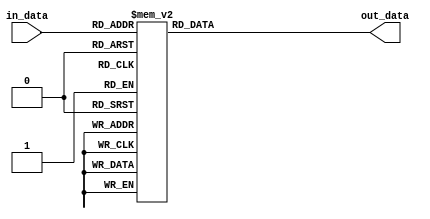
// This program was cloned from: https://github.com/ryuz/jelly
// License: MIT License

// ---------------------------------------------------------------------------
//  Jelly  -- The platform for real-time computing
//
//                                 Copyright (C) 2008-2020 by Ryuz
//                                 https://github.com/ryuz/jelly.git
// ---------------------------------------------------------------------------



`timescale 1ns / 1ps
`default_nettype none


// colormap
module jelly_colormap_table
        #(
            parameter   COLORMAP = "JET"   // "HSV"
        )
        (
            input   wire    [7:0]       in_data,
            output  reg     [23:0]      out_data
        );
    
    always @* begin
        if ( COLORMAP == "HSV" ) begin
            case ( in_data )
            8'h00:  out_data = 24'h00_00_ff;
            8'h01:  out_data = 24'h00_06_ff;
            8'h02:  out_data = 24'h00_0c_ff;
            8'h03:  out_data = 24'h00_12_ff;
            8'h04:  out_data = 24'h00_18_ff;
            8'h05:  out_data = 24'h00_1e_ff;
            8'h06:  out_data = 24'h00_24_ff;
            8'h07:  out_data = 24'h00_2a_ff;
            8'h08:  out_data = 24'h00_30_ff;
            8'h09:  out_data = 24'h00_36_ff;
            8'h0a:  out_data = 24'h00_3c_ff;
            8'h0b:  out_data = 24'h00_42_ff;
            8'h0c:  out_data = 24'h00_48_ff;
            8'h0d:  out_data = 24'h00_4e_ff;
            8'h0e:  out_data = 24'h00_54_ff;
            8'h0f:  out_data = 24'h00_5a_ff;
            8'h10:  out_data = 24'h00_60_ff;
            8'h11:  out_data = 24'h00_66_ff;
            8'h12:  out_data = 24'h00_6c_ff;
            8'h13:  out_data = 24'h00_72_ff;
            8'h14:  out_data = 24'h00_78_ff;
            8'h15:  out_data = 24'h00_7e_ff;
            8'h16:  out_data = 24'h00_84_ff;
            8'h17:  out_data = 24'h00_8a_ff;
            8'h18:  out_data = 24'h00_90_ff;
            8'h19:  out_data = 24'h00_96_ff;
            8'h1a:  out_data = 24'h00_9c_ff;
            8'h1b:  out_data = 24'h00_a2_ff;
            8'h1c:  out_data = 24'h00_a8_ff;
            8'h1d:  out_data = 24'h00_ae_ff;
            8'h1e:  out_data = 24'h00_b4_ff;
            8'h1f:  out_data = 24'h00_ba_ff;
            8'h20:  out_data = 24'h00_c0_ff;
            8'h21:  out_data = 24'h00_c6_ff;
            8'h22:  out_data = 24'h00_cc_ff;
            8'h23:  out_data = 24'h00_d2_ff;
            8'h24:  out_data = 24'h00_d8_ff;
            8'h25:  out_data = 24'h00_de_ff;
            8'h26:  out_data = 24'h00_e4_ff;
            8'h27:  out_data = 24'h00_ea_ff;
            8'h28:  out_data = 24'h00_f0_ff;
            8'h29:  out_data = 24'h00_f4_fd;
            8'h2a:  out_data = 24'h00_f7_fa;
            8'h2b:  out_data = 24'h00_fa_f7;
            8'h2c:  out_data = 24'h00_fd_f4;
            8'h2d:  out_data = 24'h00_ff_f0;
            8'h2e:  out_data = 24'h00_ff_ea;
            8'h2f:  out_data = 24'h00_ff_e4;
            8'h30:  out_data = 24'h00_ff_de;
            8'h31:  out_data = 24'h00_ff_d8;
            8'h32:  out_data = 24'h00_ff_d2;
            8'h33:  out_data = 24'h00_ff_cc;
            8'h34:  out_data = 24'h00_ff_c6;
            8'h35:  out_data = 24'h00_ff_c0;
            8'h36:  out_data = 24'h00_ff_ba;
            8'h37:  out_data = 24'h00_ff_b4;
            8'h38:  out_data = 24'h00_ff_ae;
            8'h39:  out_data = 24'h00_ff_a8;
            8'h3a:  out_data = 24'h00_ff_a2;
            8'h3b:  out_data = 24'h00_ff_9c;
            8'h3c:  out_data = 24'h00_ff_96;
            8'h3d:  out_data = 24'h00_ff_90;
            8'h3e:  out_data = 24'h00_ff_8a;
            8'h3f:  out_data = 24'h00_ff_84;
            8'h40:  out_data = 24'h00_ff_7e;
            8'h41:  out_data = 24'h00_ff_78;
            8'h42:  out_data = 24'h00_ff_72;
            8'h43:  out_data = 24'h00_ff_6c;
            8'h44:  out_data = 24'h00_ff_66;
            8'h45:  out_data = 24'h00_ff_60;
            8'h46:  out_data = 24'h00_ff_5a;
            8'h47:  out_data = 24'h00_ff_54;
            8'h48:  out_data = 24'h00_ff_4e;
            8'h49:  out_data = 24'h00_ff_48;
            8'h4a:  out_data = 24'h00_ff_42;
            8'h4b:  out_data = 24'h00_ff_3c;
            8'h4c:  out_data = 24'h00_ff_36;
            8'h4d:  out_data = 24'h00_ff_30;
            8'h4e:  out_data = 24'h00_ff_2a;
            8'h4f:  out_data = 24'h00_ff_24;
            8'h50:  out_data = 24'h00_ff_1e;
            8'h51:  out_data = 24'h00_ff_18;
            8'h52:  out_data = 24'h00_ff_12;
            8'h53:  out_data = 24'h00_ff_0c;
            8'h54:  out_data = 24'h00_ff_06;
            8'h55:  out_data = 24'h00_ff_00;
            8'h56:  out_data = 24'h06_ff_00;
            8'h57:  out_data = 24'h0c_ff_00;
            8'h58:  out_data = 24'h12_ff_00;
            8'h59:  out_data = 24'h18_ff_00;
            8'h5a:  out_data = 24'h1e_ff_00;
            8'h5b:  out_data = 24'h24_ff_00;
            8'h5c:  out_data = 24'h2a_ff_00;
            8'h5d:  out_data = 24'h30_ff_00;
            8'h5e:  out_data = 24'h36_ff_00;
            8'h5f:  out_data = 24'h3c_ff_00;
            8'h60:  out_data = 24'h42_ff_00;
            8'h61:  out_data = 24'h48_ff_00;
            8'h62:  out_data = 24'h4e_ff_00;
            8'h63:  out_data = 24'h54_ff_00;
            8'h64:  out_data = 24'h5a_ff_00;
            8'h65:  out_data = 24'h60_ff_00;
            8'h66:  out_data = 24'h66_ff_00;
            8'h67:  out_data = 24'h6c_ff_00;
            8'h68:  out_data = 24'h72_ff_00;
            8'h69:  out_data = 24'h78_ff_00;
            8'h6a:  out_data = 24'h7e_ff_00;
            8'h6b:  out_data = 24'h84_ff_00;
            8'h6c:  out_data = 24'h8a_ff_00;
            8'h6d:  out_data = 24'h90_ff_00;
            8'h6e:  out_data = 24'h96_ff_00;
            8'h6f:  out_data = 24'h9c_ff_00;
            8'h70:  out_data = 24'ha2_ff_00;
            8'h71:  out_data = 24'ha8_ff_00;
            8'h72:  out_data = 24'hae_ff_00;
            8'h73:  out_data = 24'hb4_ff_00;
            8'h74:  out_data = 24'hba_ff_00;
            8'h75:  out_data = 24'hc0_ff_00;
            8'h76:  out_data = 24'hc6_ff_00;
            8'h77:  out_data = 24'hcc_ff_00;
            8'h78:  out_data = 24'hd2_ff_00;
            8'h79:  out_data = 24'hd8_ff_00;
            8'h7a:  out_data = 24'hde_ff_00;
            8'h7b:  out_data = 24'he4_ff_00;
            8'h7c:  out_data = 24'hea_ff_00;
            8'h7d:  out_data = 24'hf0_ff_00;
            8'h7e:  out_data = 24'hf4_fd_00;
            8'h7f:  out_data = 24'hf7_fa_00;
            8'h80:  out_data = 24'hfa_f7_00;
            8'h81:  out_data = 24'hfd_f4_00;
            8'h82:  out_data = 24'hff_f0_00;
            8'h83:  out_data = 24'hff_ea_00;
            8'h84:  out_data = 24'hff_e4_00;
            8'h85:  out_data = 24'hff_de_00;
            8'h86:  out_data = 24'hff_d8_00;
            8'h87:  out_data = 24'hff_d2_00;
            8'h88:  out_data = 24'hff_cc_00;
            8'h89:  out_data = 24'hff_c6_00;
            8'h8a:  out_data = 24'hff_c0_00;
            8'h8b:  out_data = 24'hff_ba_00;
            8'h8c:  out_data = 24'hff_b4_00;
            8'h8d:  out_data = 24'hff_ae_00;
            8'h8e:  out_data = 24'hff_a8_00;
            8'h8f:  out_data = 24'hff_a2_00;
            8'h90:  out_data = 24'hff_9c_00;
            8'h91:  out_data = 24'hff_96_00;
            8'h92:  out_data = 24'hff_90_00;
            8'h93:  out_data = 24'hff_8a_00;
            8'h94:  out_data = 24'hff_84_00;
            8'h95:  out_data = 24'hff_7e_00;
            8'h96:  out_data = 24'hff_78_00;
            8'h97:  out_data = 24'hff_72_00;
            8'h98:  out_data = 24'hff_6c_00;
            8'h99:  out_data = 24'hff_66_00;
            8'h9a:  out_data = 24'hff_60_00;
            8'h9b:  out_data = 24'hff_5a_00;
            8'h9c:  out_data = 24'hff_54_00;
            8'h9d:  out_data = 24'hff_4e_00;
            8'h9e:  out_data = 24'hff_48_00;
            8'h9f:  out_data = 24'hff_42_00;
            8'ha0:  out_data = 24'hff_3c_00;
            8'ha1:  out_data = 24'hff_36_00;
            8'ha2:  out_data = 24'hff_30_00;
            8'ha3:  out_data = 24'hff_2a_00;
            8'ha4:  out_data = 24'hff_24_00;
            8'ha5:  out_data = 24'hff_1e_00;
            8'ha6:  out_data = 24'hff_18_00;
            8'ha7:  out_data = 24'hff_12_00;
            8'ha8:  out_data = 24'hff_0c_00;
            8'ha9:  out_data = 24'hff_06_00;
            8'haa:  out_data = 24'hff_00_00;
            8'hab:  out_data = 24'hff_00_06;
            8'hac:  out_data = 24'hff_00_0c;
            8'had:  out_data = 24'hff_00_12;
            8'hae:  out_data = 24'hff_00_18;
            8'haf:  out_data = 24'hff_00_1e;
            8'hb0:  out_data = 24'hff_00_24;
            8'hb1:  out_data = 24'hff_00_2a;
            8'hb2:  out_data = 24'hff_00_30;
            8'hb3:  out_data = 24'hff_00_36;
            8'hb4:  out_data = 24'hff_00_3c;
            8'hb5:  out_data = 24'hff_00_42;
            8'hb6:  out_data = 24'hff_00_48;
            8'hb7:  out_data = 24'hff_00_4e;
            8'hb8:  out_data = 24'hff_00_54;
            8'hb9:  out_data = 24'hff_00_5a;
            8'hba:  out_data = 24'hff_00_60;
            8'hbb:  out_data = 24'hff_00_66;
            8'hbc:  out_data = 24'hff_00_6c;
            8'hbd:  out_data = 24'hff_00_72;
            8'hbe:  out_data = 24'hff_00_78;
            8'hbf:  out_data = 24'hff_00_7e;
            8'hc0:  out_data = 24'hff_00_84;
            8'hc1:  out_data = 24'hff_00_8a;
            8'hc2:  out_data = 24'hff_00_90;
            8'hc3:  out_data = 24'hff_00_96;
            8'hc4:  out_data = 24'hff_00_9c;
            8'hc5:  out_data = 24'hff_00_a2;
            8'hc6:  out_data = 24'hff_00_a8;
            8'hc7:  out_data = 24'hff_00_ae;
            8'hc8:  out_data = 24'hff_00_b4;
            8'hc9:  out_data = 24'hff_00_ba;
            8'hca:  out_data = 24'hff_00_c0;
            8'hcb:  out_data = 24'hff_00_c6;
            8'hcc:  out_data = 24'hff_00_cc;
            8'hcd:  out_data = 24'hff_00_d2;
            8'hce:  out_data = 24'hff_00_d8;
            8'hcf:  out_data = 24'hff_00_de;
            8'hd0:  out_data = 24'hff_00_e4;
            8'hd1:  out_data = 24'hff_00_ea;
            8'hd2:  out_data = 24'hff_00_f0;
            8'hd3:  out_data = 24'hfd_00_f4;
            8'hd4:  out_data = 24'hfa_00_f7;
            8'hd5:  out_data = 24'hf7_00_fa;
            8'hd6:  out_data = 24'hf4_00_fd;
            8'hd7:  out_data = 24'hf0_00_ff;
            8'hd8:  out_data = 24'hea_00_ff;
            8'hd9:  out_data = 24'he4_00_ff;
            8'hda:  out_data = 24'hde_00_ff;
            8'hdb:  out_data = 24'hd8_00_ff;
            8'hdc:  out_data = 24'hd2_00_ff;
            8'hdd:  out_data = 24'hcc_00_ff;
            8'hde:  out_data = 24'hc6_00_ff;
            8'hdf:  out_data = 24'hc0_00_ff;
            8'he0:  out_data = 24'hba_00_ff;
            8'he1:  out_data = 24'hb4_00_ff;
            8'he2:  out_data = 24'hae_00_ff;
            8'he3:  out_data = 24'ha8_00_ff;
            8'he4:  out_data = 24'ha2_00_ff;
            8'he5:  out_data = 24'h9c_00_ff;
            8'he6:  out_data = 24'h96_00_ff;
            8'he7:  out_data = 24'h90_00_ff;
            8'he8:  out_data = 24'h8a_00_ff;
            8'he9:  out_data = 24'h84_00_ff;
            8'hea:  out_data = 24'h7e_00_ff;
            8'heb:  out_data = 24'h78_00_ff;
            8'hec:  out_data = 24'h72_00_ff;
            8'hed:  out_data = 24'h6c_00_ff;
            8'hee:  out_data = 24'h66_00_ff;
            8'hef:  out_data = 24'h60_00_ff;
            8'hf0:  out_data = 24'h5a_00_ff;
            8'hf1:  out_data = 24'h54_00_ff;
            8'hf2:  out_data = 24'h4e_00_ff;
            8'hf3:  out_data = 24'h48_00_ff;
            8'hf4:  out_data = 24'h42_00_ff;
            8'hf5:  out_data = 24'h3c_00_ff;
            8'hf6:  out_data = 24'h36_00_ff;
            8'hf7:  out_data = 24'h30_00_ff;
            8'hf8:  out_data = 24'h2a_00_ff;
            8'hf9:  out_data = 24'h24_00_ff;
            8'hfa:  out_data = 24'h1e_00_ff;
            8'hfb:  out_data = 24'h18_00_ff;
            8'hfc:  out_data = 24'h12_00_ff;
            8'hfd:  out_data = 24'h0c_00_ff;
            8'hfe:  out_data = 24'h06_00_ff;
            8'hff:  out_data = 24'h00_00_ff;
            endcase
        end
        else begin  // JET
            case ( in_data )
            8'h00:  out_data = 24'h80_00_00;
            8'h01:  out_data = 24'h84_00_00;
            8'h02:  out_data = 24'h88_00_00;
            8'h03:  out_data = 24'h8c_00_00;
            8'h04:  out_data = 24'h90_00_00;
            8'h05:  out_data = 24'h94_00_00;
            8'h06:  out_data = 24'h98_00_00;
            8'h07:  out_data = 24'h9c_00_00;
            8'h08:  out_data = 24'ha0_00_00;
            8'h09:  out_data = 24'ha4_00_00;
            8'h0a:  out_data = 24'ha8_00_00;
            8'h0b:  out_data = 24'hac_00_00;
            8'h0c:  out_data = 24'hb0_00_00;
            8'h0d:  out_data = 24'hb4_00_00;
            8'h0e:  out_data = 24'hb8_00_00;
            8'h0f:  out_data = 24'hbc_00_00;
            8'h10:  out_data = 24'hc0_00_00;
            8'h11:  out_data = 24'hc4_00_00;
            8'h12:  out_data = 24'hc8_00_00;
            8'h13:  out_data = 24'hcc_00_00;
            8'h14:  out_data = 24'hd0_00_00;
            8'h15:  out_data = 24'hd4_00_00;
            8'h16:  out_data = 24'hd8_00_00;
            8'h17:  out_data = 24'hdc_00_00;
            8'h18:  out_data = 24'he0_00_00;
            8'h19:  out_data = 24'he4_00_00;
            8'h1a:  out_data = 24'he8_00_00;
            8'h1b:  out_data = 24'hec_00_00;
            8'h1c:  out_data = 24'hf0_00_00;
            8'h1d:  out_data = 24'hf4_00_00;
            8'h1e:  out_data = 24'hf8_00_00;
            8'h1f:  out_data = 24'hfc_00_00;
            8'h20:  out_data = 24'hff_00_00;
            8'h21:  out_data = 24'hff_04_00;
            8'h22:  out_data = 24'hff_08_00;
            8'h23:  out_data = 24'hff_0c_00;
            8'h24:  out_data = 24'hff_10_00;
            8'h25:  out_data = 24'hff_14_00;
            8'h26:  out_data = 24'hff_18_00;
            8'h27:  out_data = 24'hff_1c_00;
            8'h28:  out_data = 24'hff_20_00;
            8'h29:  out_data = 24'hff_24_00;
            8'h2a:  out_data = 24'hff_28_00;
            8'h2b:  out_data = 24'hff_2c_00;
            8'h2c:  out_data = 24'hff_30_00;
            8'h2d:  out_data = 24'hff_34_00;
            8'h2e:  out_data = 24'hff_38_00;
            8'h2f:  out_data = 24'hff_3c_00;
            8'h30:  out_data = 24'hff_40_00;
            8'h31:  out_data = 24'hff_44_00;
            8'h32:  out_data = 24'hff_48_00;
            8'h33:  out_data = 24'hff_4c_00;
            8'h34:  out_data = 24'hff_50_00;
            8'h35:  out_data = 24'hff_54_00;
            8'h36:  out_data = 24'hff_58_00;
            8'h37:  out_data = 24'hff_5c_00;
            8'h38:  out_data = 24'hff_60_00;
            8'h39:  out_data = 24'hff_64_00;
            8'h3a:  out_data = 24'hff_68_00;
            8'h3b:  out_data = 24'hff_6c_00;
            8'h3c:  out_data = 24'hff_70_00;
            8'h3d:  out_data = 24'hff_74_00;
            8'h3e:  out_data = 24'hff_78_00;
            8'h3f:  out_data = 24'hff_7c_00;
            8'h40:  out_data = 24'hff_80_00;
            8'h41:  out_data = 24'hff_84_00;
            8'h42:  out_data = 24'hff_88_00;
            8'h43:  out_data = 24'hff_8c_00;
            8'h44:  out_data = 24'hff_90_00;
            8'h45:  out_data = 24'hff_94_00;
            8'h46:  out_data = 24'hff_98_00;
            8'h47:  out_data = 24'hff_9c_00;
            8'h48:  out_data = 24'hff_a0_00;
            8'h49:  out_data = 24'hff_a4_00;
            8'h4a:  out_data = 24'hff_a8_00;
            8'h4b:  out_data = 24'hff_ac_00;
            8'h4c:  out_data = 24'hff_b0_00;
            8'h4d:  out_data = 24'hff_b4_00;
            8'h4e:  out_data = 24'hff_b8_00;
            8'h4f:  out_data = 24'hff_bc_00;
            8'h50:  out_data = 24'hff_c0_00;
            8'h51:  out_data = 24'hff_c4_00;
            8'h52:  out_data = 24'hff_c8_00;
            8'h53:  out_data = 24'hff_cc_00;
            8'h54:  out_data = 24'hff_d0_00;
            8'h55:  out_data = 24'hff_d4_00;
            8'h56:  out_data = 24'hff_d8_00;
            8'h57:  out_data = 24'hff_dc_00;
            8'h58:  out_data = 24'hff_e0_00;
            8'h59:  out_data = 24'hff_e4_00;
            8'h5a:  out_data = 24'hff_e8_00;
            8'h5b:  out_data = 24'hff_ec_00;
            8'h5c:  out_data = 24'hff_f0_00;
            8'h5d:  out_data = 24'hff_f4_00;
            8'h5e:  out_data = 24'hff_f8_00;
            8'h5f:  out_data = 24'hff_fc_00;
            8'h60:  out_data = 24'hfe_ff_02;
            8'h61:  out_data = 24'hfa_ff_06;
            8'h62:  out_data = 24'hf6_ff_0a;
            8'h63:  out_data = 24'hf2_ff_0e;
            8'h64:  out_data = 24'hee_ff_12;
            8'h65:  out_data = 24'hea_ff_16;
            8'h66:  out_data = 24'he6_ff_1a;
            8'h67:  out_data = 24'he2_ff_1e;
            8'h68:  out_data = 24'hde_ff_22;
            8'h69:  out_data = 24'hda_ff_26;
            8'h6a:  out_data = 24'hd6_ff_2a;
            8'h6b:  out_data = 24'hd2_ff_2e;
            8'h6c:  out_data = 24'hce_ff_32;
            8'h6d:  out_data = 24'hca_ff_36;
            8'h6e:  out_data = 24'hc6_ff_3a;
            8'h6f:  out_data = 24'hc2_ff_3e;
            8'h70:  out_data = 24'hbe_ff_42;
            8'h71:  out_data = 24'hba_ff_46;
            8'h72:  out_data = 24'hb6_ff_4a;
            8'h73:  out_data = 24'hb2_ff_4e;
            8'h74:  out_data = 24'hae_ff_52;
            8'h75:  out_data = 24'haa_ff_56;
            8'h76:  out_data = 24'ha6_ff_5a;
            8'h77:  out_data = 24'ha2_ff_5e;
            8'h78:  out_data = 24'h9e_ff_62;
            8'h79:  out_data = 24'h9a_ff_66;
            8'h7a:  out_data = 24'h96_ff_6a;
            8'h7b:  out_data = 24'h92_ff_6e;
            8'h7c:  out_data = 24'h8e_ff_72;
            8'h7d:  out_data = 24'h8a_ff_76;
            8'h7e:  out_data = 24'h86_ff_7a;
            8'h7f:  out_data = 24'h82_ff_7e;
            8'h80:  out_data = 24'h7e_ff_82;
            8'h81:  out_data = 24'h7a_ff_86;
            8'h82:  out_data = 24'h76_ff_8a;
            8'h83:  out_data = 24'h72_ff_8e;
            8'h84:  out_data = 24'h6e_ff_92;
            8'h85:  out_data = 24'h6a_ff_96;
            8'h86:  out_data = 24'h66_ff_9a;
            8'h87:  out_data = 24'h62_ff_9e;
            8'h88:  out_data = 24'h5e_ff_a2;
            8'h89:  out_data = 24'h5a_ff_a6;
            8'h8a:  out_data = 24'h56_ff_aa;
            8'h8b:  out_data = 24'h52_ff_ae;
            8'h8c:  out_data = 24'h4e_ff_b2;
            8'h8d:  out_data = 24'h4a_ff_b6;
            8'h8e:  out_data = 24'h46_ff_ba;
            8'h8f:  out_data = 24'h42_ff_be;
            8'h90:  out_data = 24'h3e_ff_c2;
            8'h91:  out_data = 24'h3a_ff_c6;
            8'h92:  out_data = 24'h36_ff_ca;
            8'h93:  out_data = 24'h32_ff_ce;
            8'h94:  out_data = 24'h2e_ff_d2;
            8'h95:  out_data = 24'h2a_ff_d6;
            8'h96:  out_data = 24'h26_ff_da;
            8'h97:  out_data = 24'h22_ff_de;
            8'h98:  out_data = 24'h1e_ff_e2;
            8'h99:  out_data = 24'h1a_ff_e6;
            8'h9a:  out_data = 24'h16_ff_ea;
            8'h9b:  out_data = 24'h12_ff_ee;
            8'h9c:  out_data = 24'h0e_ff_f2;
            8'h9d:  out_data = 24'h0a_ff_f6;
            8'h9e:  out_data = 24'h06_ff_fa;
            8'h9f:  out_data = 24'h01_ff_fe;
            8'ha0:  out_data = 24'h00_fc_ff;
            8'ha1:  out_data = 24'h00_f8_ff;
            8'ha2:  out_data = 24'h00_f4_ff;
            8'ha3:  out_data = 24'h00_f0_ff;
            8'ha4:  out_data = 24'h00_ec_ff;
            8'ha5:  out_data = 24'h00_e8_ff;
            8'ha6:  out_data = 24'h00_e4_ff;
            8'ha7:  out_data = 24'h00_e0_ff;
            8'ha8:  out_data = 24'h00_dc_ff;
            8'ha9:  out_data = 24'h00_d8_ff;
            8'haa:  out_data = 24'h00_d4_ff;
            8'hab:  out_data = 24'h00_d0_ff;
            8'hac:  out_data = 24'h00_cc_ff;
            8'had:  out_data = 24'h00_c8_ff;
            8'hae:  out_data = 24'h00_c4_ff;
            8'haf:  out_data = 24'h00_c0_ff;
            8'hb0:  out_data = 24'h00_bc_ff;
            8'hb1:  out_data = 24'h00_b8_ff;
            8'hb2:  out_data = 24'h00_b4_ff;
            8'hb3:  out_data = 24'h00_b0_ff;
            8'hb4:  out_data = 24'h00_ac_ff;
            8'hb5:  out_data = 24'h00_a8_ff;
            8'hb6:  out_data = 24'h00_a4_ff;
            8'hb7:  out_data = 24'h00_a0_ff;
            8'hb8:  out_data = 24'h00_9c_ff;
            8'hb9:  out_data = 24'h00_98_ff;
            8'hba:  out_data = 24'h00_94_ff;
            8'hbb:  out_data = 24'h00_90_ff;
            8'hbc:  out_data = 24'h00_8c_ff;
            8'hbd:  out_data = 24'h00_88_ff;
            8'hbe:  out_data = 24'h00_84_ff;
            8'hbf:  out_data = 24'h00_80_ff;
            8'hc0:  out_data = 24'h00_7c_ff;
            8'hc1:  out_data = 24'h00_78_ff;
            8'hc2:  out_data = 24'h00_74_ff;
            8'hc3:  out_data = 24'h00_70_ff;
            8'hc4:  out_data = 24'h00_6c_ff;
            8'hc5:  out_data = 24'h00_68_ff;
            8'hc6:  out_data = 24'h00_64_ff;
            8'hc7:  out_data = 24'h00_60_ff;
            8'hc8:  out_data = 24'h00_5c_ff;
            8'hc9:  out_data = 24'h00_58_ff;
            8'hca:  out_data = 24'h00_54_ff;
            8'hcb:  out_data = 24'h00_50_ff;
            8'hcc:  out_data = 24'h00_4c_ff;
            8'hcd:  out_data = 24'h00_48_ff;
            8'hce:  out_data = 24'h00_44_ff;
            8'hcf:  out_data = 24'h00_40_ff;
            8'hd0:  out_data = 24'h00_3c_ff;
            8'hd1:  out_data = 24'h00_38_ff;
            8'hd2:  out_data = 24'h00_34_ff;
            8'hd3:  out_data = 24'h00_30_ff;
            8'hd4:  out_data = 24'h00_2c_ff;
            8'hd5:  out_data = 24'h00_28_ff;
            8'hd6:  out_data = 24'h00_24_ff;
            8'hd7:  out_data = 24'h00_20_ff;
            8'hd8:  out_data = 24'h00_1c_ff;
            8'hd9:  out_data = 24'h00_18_ff;
            8'hda:  out_data = 24'h00_14_ff;
            8'hdb:  out_data = 24'h00_10_ff;
            8'hdc:  out_data = 24'h00_0c_ff;
            8'hdd:  out_data = 24'h00_08_ff;
            8'hde:  out_data = 24'h00_04_ff;
            8'hdf:  out_data = 24'h00_00_ff;
            8'he0:  out_data = 24'h00_00_fc;
            8'he1:  out_data = 24'h00_00_f8;
            8'he2:  out_data = 24'h00_00_f4;
            8'he3:  out_data = 24'h00_00_f0;
            8'he4:  out_data = 24'h00_00_ec;
            8'he5:  out_data = 24'h00_00_e8;
            8'he6:  out_data = 24'h00_00_e4;
            8'he7:  out_data = 24'h00_00_e0;
            8'he8:  out_data = 24'h00_00_dc;
            8'he9:  out_data = 24'h00_00_d8;
            8'hea:  out_data = 24'h00_00_d4;
            8'heb:  out_data = 24'h00_00_d0;
            8'hec:  out_data = 24'h00_00_cc;
            8'hed:  out_data = 24'h00_00_c8;
            8'hee:  out_data = 24'h00_00_c4;
            8'hef:  out_data = 24'h00_00_c0;
            8'hf0:  out_data = 24'h00_00_bc;
            8'hf1:  out_data = 24'h00_00_b8;
            8'hf2:  out_data = 24'h00_00_b4;
            8'hf3:  out_data = 24'h00_00_b0;
            8'hf4:  out_data = 24'h00_00_ac;
            8'hf5:  out_data = 24'h00_00_a8;
            8'hf6:  out_data = 24'h00_00_a4;
            8'hf7:  out_data = 24'h00_00_a0;
            8'hf8:  out_data = 24'h00_00_9c;
            8'hf9:  out_data = 24'h00_00_98;
            8'hfa:  out_data = 24'h00_00_94;
            8'hfb:  out_data = 24'h00_00_90;
            8'hfc:  out_data = 24'h00_00_8c;
            8'hfd:  out_data = 24'h00_00_88;
            8'hfe:  out_data = 24'h00_00_84;
            8'hff:  out_data = 24'h00_00_80;
            endcase
        end
    end
    
    
endmodule


`default_nettype wire


// end of file